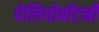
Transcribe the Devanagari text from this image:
पेलियोबॉटनी